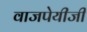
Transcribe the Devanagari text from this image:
वाजपेयीजी